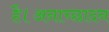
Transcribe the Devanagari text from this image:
है।अनाच्छादन